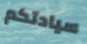
سيادتكم